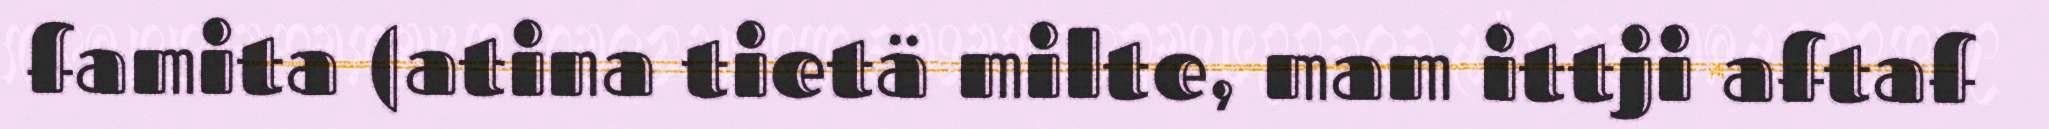
famita (atina tietä milte, mam ittji aftaf